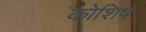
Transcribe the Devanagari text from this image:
कोशिष